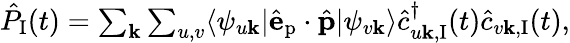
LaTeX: \begin{array}{r}{\hat{P}_{\textrm{I}}(t)=\sum_{\mathbf{k}}\sum_{u,v}\langle\psi_{u\mathbf{k}}|\hat{\mathbf{e}}_{\textrm{p}}\cdot\hat{\mathbf{p}}|\psi_{v\mathbf{k}}\rangle\hat{c}_{u\mathbf{k},\textrm{I}}^{\dagger}(t)\hat{c}_{v\mathbf{k},\textrm{I}}(t),}\end{array}